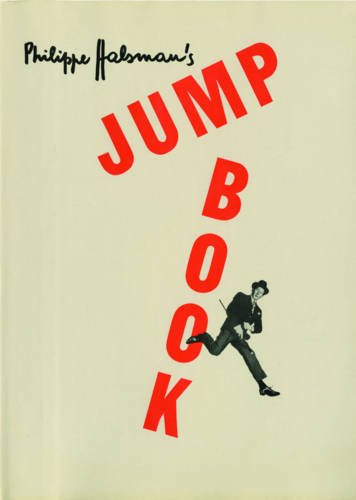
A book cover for Philippe Halsman's Jump Book; Arts & Photography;